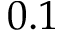
0 . 1